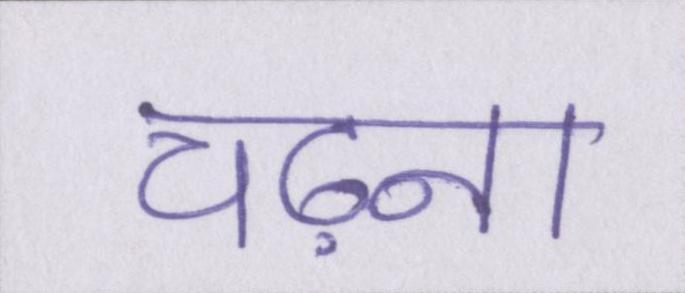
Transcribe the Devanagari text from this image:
चढ़ना